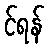
င်ရန်